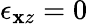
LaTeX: \epsilon_{\mathbf{x}z}=0